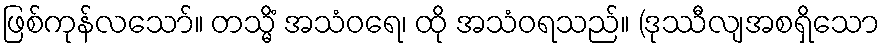
ဖြစ်ကုန်လသော်။ တသ္မိံ အသံဝရေ၊ ထို အသံဝရသည်။ (ဒုဿီလျအစရှိသော